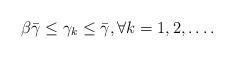
\begin{align*}\beta \bar{\gamma} \le \gamma_k \le \bar{\gamma},\forall k = 1, 2, \ldots.\end{align*}